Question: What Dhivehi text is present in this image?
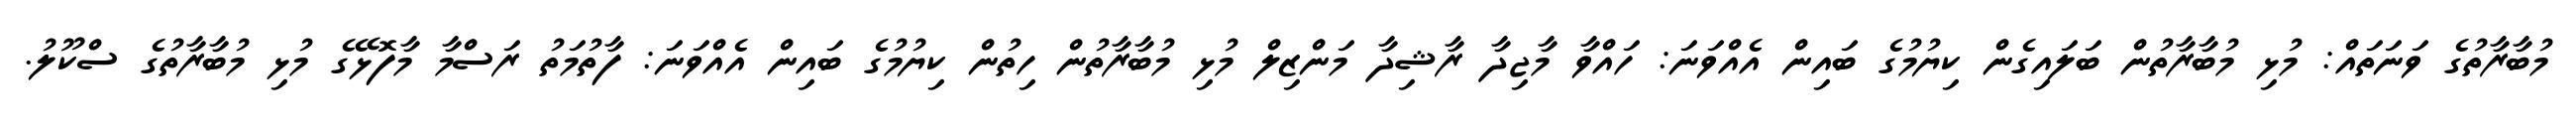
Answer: މުބާރާތުގެ ވަނަތައް: މުޅި މުބާރާތުން ބަލައިގެން ކިޔުމުގެ ބައިން އެއްވަނަ: ހައްވާ މާޖިދާ ރާޝިދާ މަންޒިލް މުޅި މުބާރާތުން ހިތުން ކިޔުމުގެ ބައިން އެއްވަނަ: ފާތުމަތު ރަސްމާ މާފޮޅޭގެ މުޅި މުބާރާތުގެ ސްކޫލު.